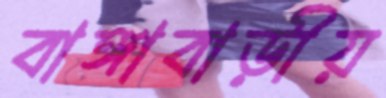
বাঙ্গাবাড়ীয়